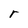
Character: r